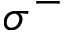
\sigma ^ { - }